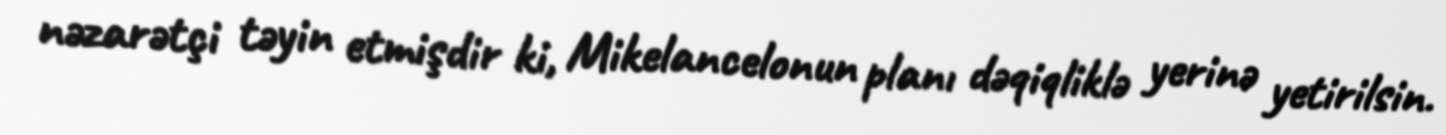
nəzarətçi təyin etmişdir ki, Mikelancelonun planı dəqiqliklə yerinə yetirilsin.